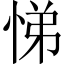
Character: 悌